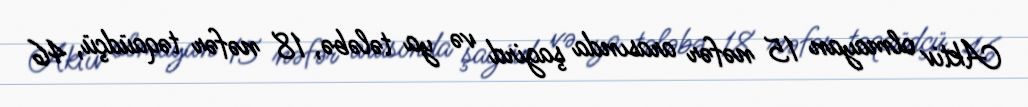
Aktiv olmayan 15 nəfər arasında şagird və ya tələbə, 18 nəfər təqaüdçü, 46